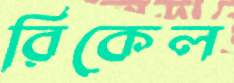
রিকেল